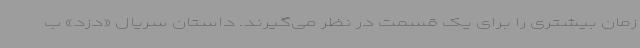
زمان بیشتری را برای یک قسمت در نظر می‌گیرند. داستان سریال «دزد» ب